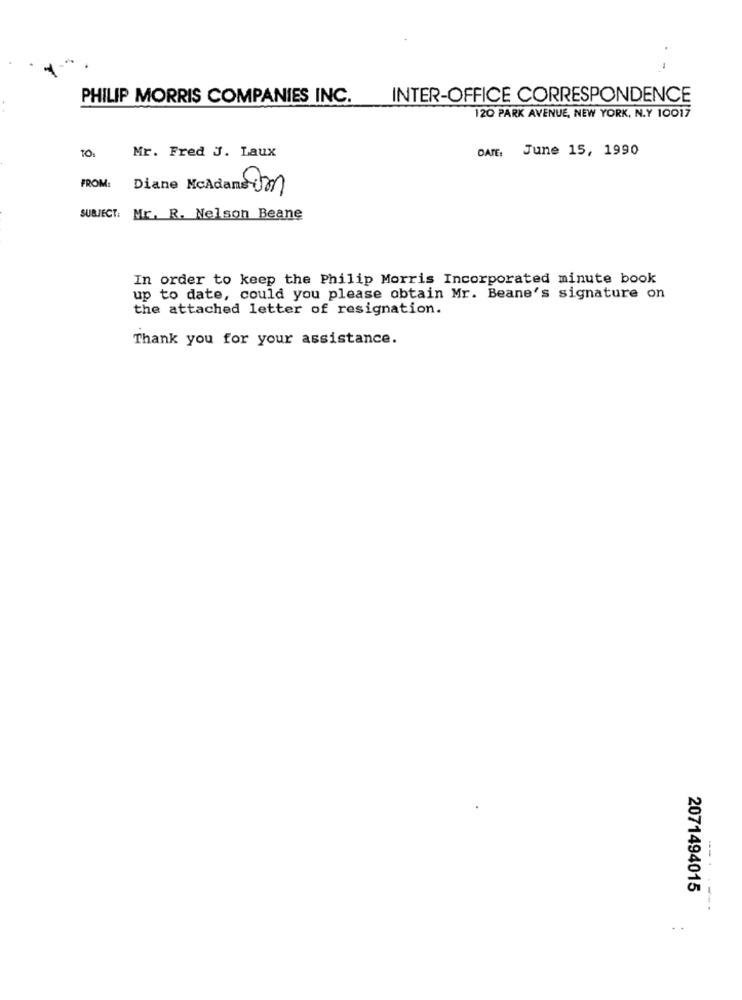
PHILIP MORRIS COMPANIES INC. INTER-OFFICE CORRESPONDENCE
12Q PARK AVENUE, NEW YORK, N.Y 10017
TO.
DATE: June 15, 1990
Mr. Fred J. Laux
FROM:
Diane McAdans um
SUBJECT:
Mr. R. Nelson Beane
In order to keep the Philip Morris Incorporated minute book
up to date, could you please obtain Mr. Beane's signature on
the attached letter of resignation.
Thank you for your assistance.
2071494015